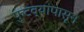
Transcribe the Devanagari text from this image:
फुटव्यांपासून